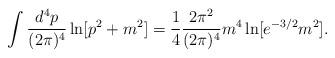
LaTeX: \begin{align*}\int {d^4p\over (2\pi)^4}\ln[p^2+m^2]={1\over 4}{2\pi^2\over(2\pi)^4}m^4\ln[e^{-3/2}m^2].\end{align*}